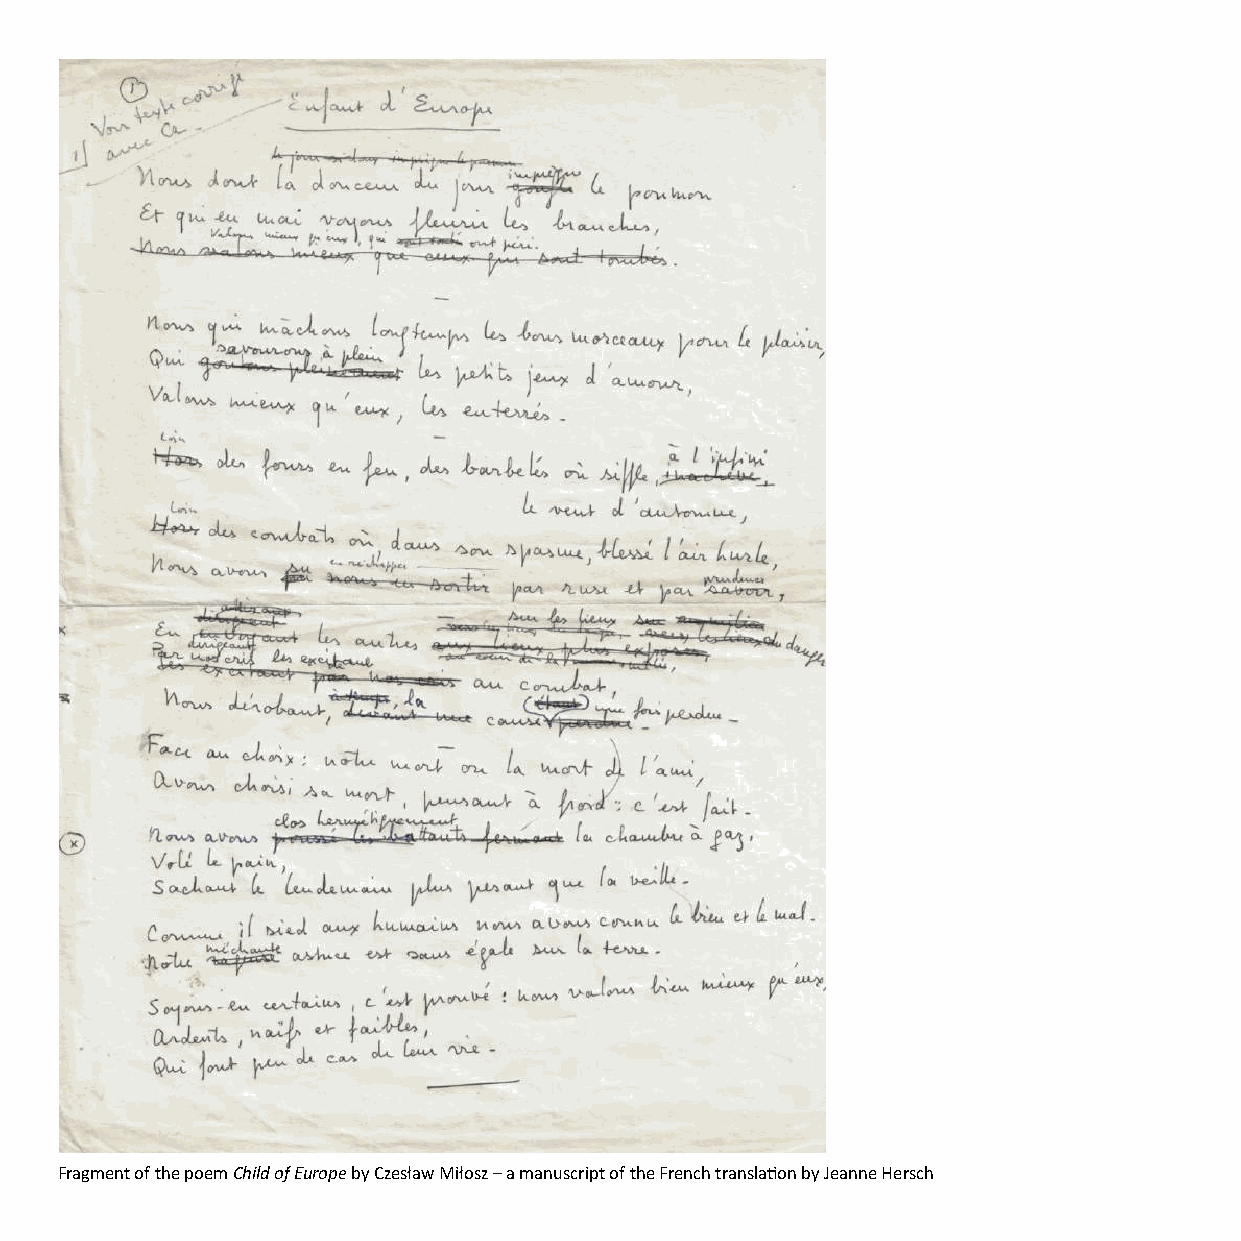
Fragment of the poem Child of Europe by Czesław Miłosz – a manuscript of the French translaon by Jeanne Hersch